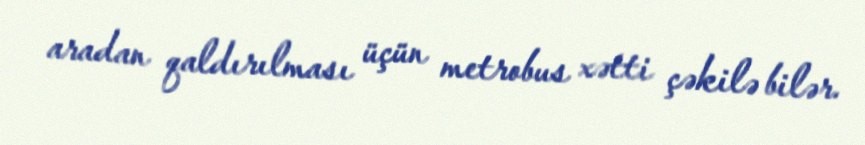
aradan qaldırılması üçün metrobus xətti çəkilə bilər.